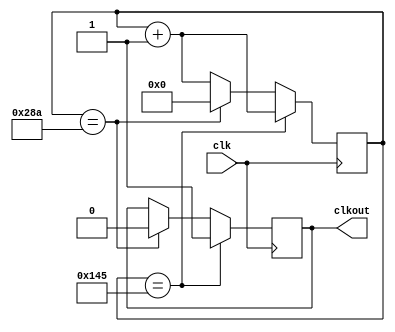
`timescale 1ns / 1ps
//////////////////////////////////////////////////////////////////////////////////
// Company: 
// Engineer: 
// 
// Design Name: 
// Module Name:    clkdiv 
// Project Name: 
// Target Devices: 
// Tool versions: 
// Description: 
//
// Dependencies: 
//
// Revision: 
// Revision 0.01 - File Created
// Additional Comments: 
//
//////////////////////////////////////////////////////////////////////////////////
module clkdiv (clk,clkout);

input clk;    //
output clkout;    //

reg clkout;
reg [24:0] cnt;

//
always @(posedge clk)
	begin
		if(cnt == 24'd325)
			begin
				clkout <= 1'b1;
				cnt <= cnt + 24'd1;
			end
		else if(cnt == 24'd650)
			begin
				clkout <= 1'b0;
				cnt <= 24'd0;
			end
		else
			begin
				cnt <= cnt + 24'd1;
			end
	end
endmodule